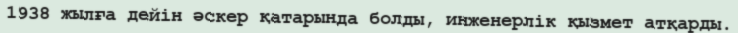
1938 жылға дейін әскер қатарында болды, инженерлік қызмет атқарды.